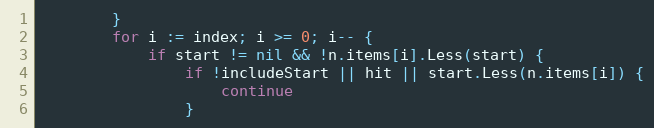
Language: Go
		}
		for i := index; i >= 0; i-- {
			if start != nil && !n.items[i].Less(start) {
				if !includeStart || hit || start.Less(n.items[i]) {
					continue
				}